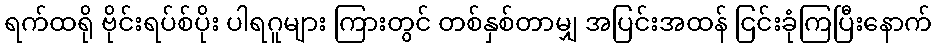
ရက်ထရို ဗိုင်းရပ်စ်ပိုး ပါရဂူများ ကြားတွင် တစ်နှစ်တာမျှ အပြင်းအထန် ငြင်းခုံကြပြီးနောက်